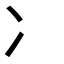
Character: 冫